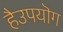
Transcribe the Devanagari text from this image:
हैउपयॊग